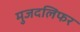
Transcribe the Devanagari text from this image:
मुजदलिफर